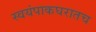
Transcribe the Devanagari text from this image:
स्वयंपाकघरातच